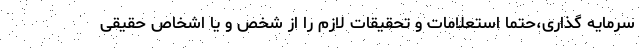
سرمایه گذاری،حتما استعلامات و تحقیقات لازم را از شخص و یا اشخاص حقیقی